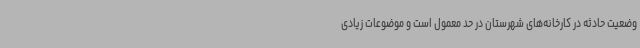
وضعیت حادثه در کارخانه‌های شهرستان در حد معمول است و موضوعات زیادی